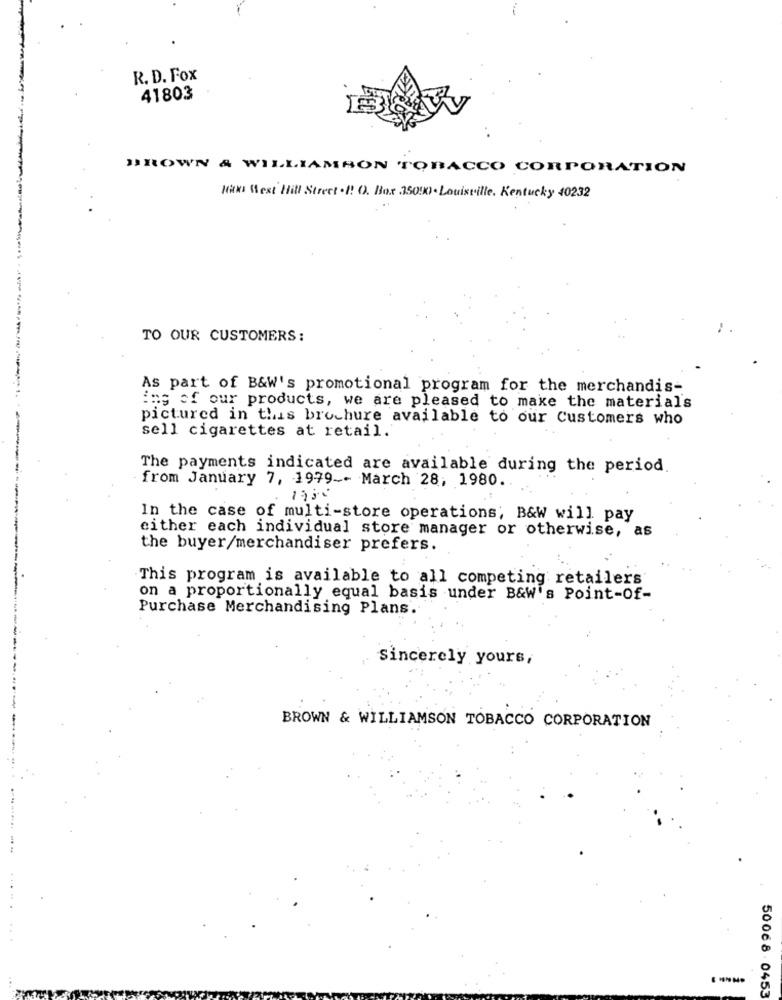
R. D. Fox
41803
BROWN & WILLIAMSON TOBACCO CORPORATION
Maks West Hill Street .I. O. Box .35050). Louisville, Kentucky 40232
TO OUR CUSTOMERS:
As part of B&W's promotional program for the merchandis-
ing of our products, we are pleased to make the materials
pictured in this brochure available to our Customers who
sell cigarettes at retail.
The payments indicated are available during the period.
from January 7, 1979 -- March 28, 1980.
In the case of multi-store operations, B&W will pay
either each individual store manager or otherwise, as
the buyer/merchandiser prefers.
This program is available to all competing retailers
on a proportionally equal basis under B&W's Point-Of-
Purchase Merchandising Plans.
Sincerely yours,
BROWN & WILLIAMSON TOBACCO CORPORATION
50068 . 0453